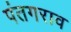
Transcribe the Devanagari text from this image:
पंतगराव